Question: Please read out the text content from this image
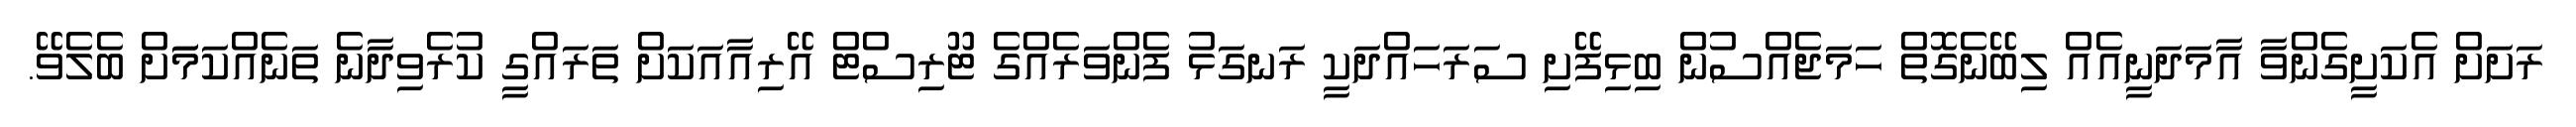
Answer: ރަށަށް އެކަށީގެންވާ އާމަދަނީއެއް ލިބޭނެގޮތް ހަމަޖެއްސުން ބިޅިފޭށި ސަރަހައްދަކީ ރަނގަޅު ފެންވަރެއްގެ ޓޫރިސްޓް އޭރިއާއަކަށް ތަރައްގީ ކުރެވިދާނެ ތަނެއްކަމަަށް ބެލެވޭ.